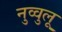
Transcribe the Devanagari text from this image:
नुव्वुलू